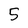
Character: 5